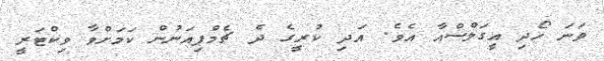
ވަނަ ހޯދި އީގަލްސްއާ އެވެ. އަދި ކުރީގެ ދެ ޗެމްޕިއަނުން ކަމަށްވާ ވިކްޓަރީ